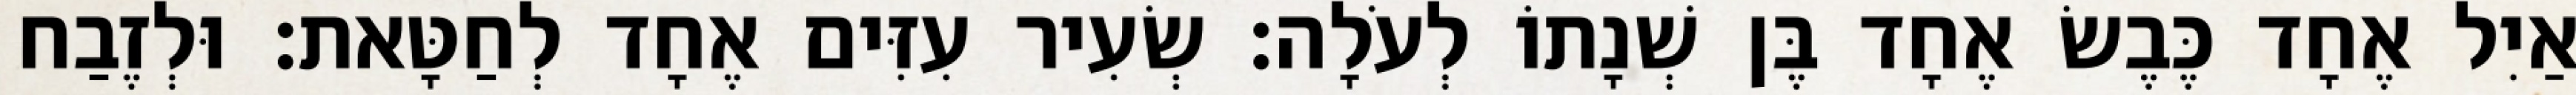
אַיִל אֶחָד כֶּבֶשׂ אֶחָד בֶּן שְׁנָתוֹ לְעֹלָה׃ שְׂעִיר עִזִּים אֶחָד לְחַטָּאת׃ וּלְזֶבַח